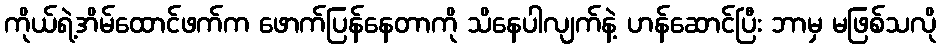
ကိုယ်ရဲ့အိမ်ထောင်ဖက်က ဖောက်ပြန်နေတာကို သိနေပါလျက်နဲ့ ဟန်ဆောင်ပြီး ဘာမှ မဖြစ်သလို